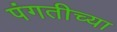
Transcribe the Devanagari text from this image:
पंगतीच्या